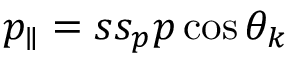
p _ { \parallel } = s s _ { p } p \cos \theta _ { k }